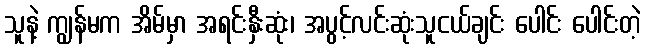
သူနဲ့ ကျွန်မက အိမ်မှာ အရင်းနှီးဆုံး၊ အပွင့်လင်းဆုံးသူငယ်ချင်း ပေါင်း ပေါင်းတဲ့